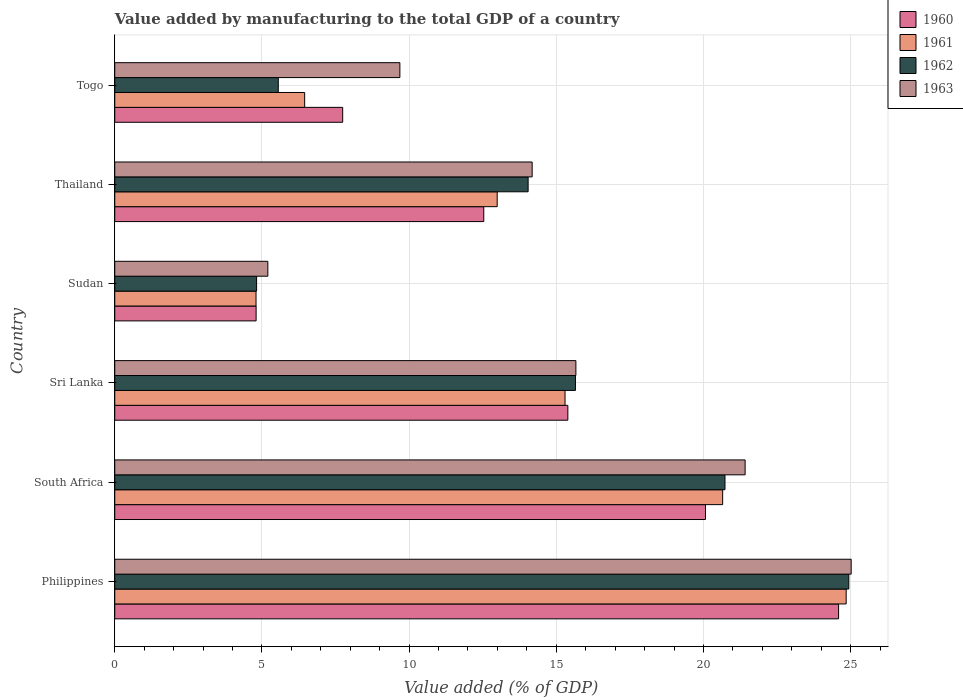
| Country | 1960 | 1961 | 1962 | 1963 |
 | --- | --- | --- | --- | --- |
 | Philippines | 24.6 | 24.8 | 24.9 | 25 |
 | South Africa | 20.1 | 20.7 | 20.7 | 21.4 |
 | Sri Lanka | 15.4 | 15.3 | 15.7 | 15.7 |
 | Sudan | 4.8 | 4.8 | 4.82 | 5.2 |
 | Thailand | 12.5 | 13 | 14 | 14.2 |
 | Togo | 7.74 | 6.45 | 5.56 | 9.69 |